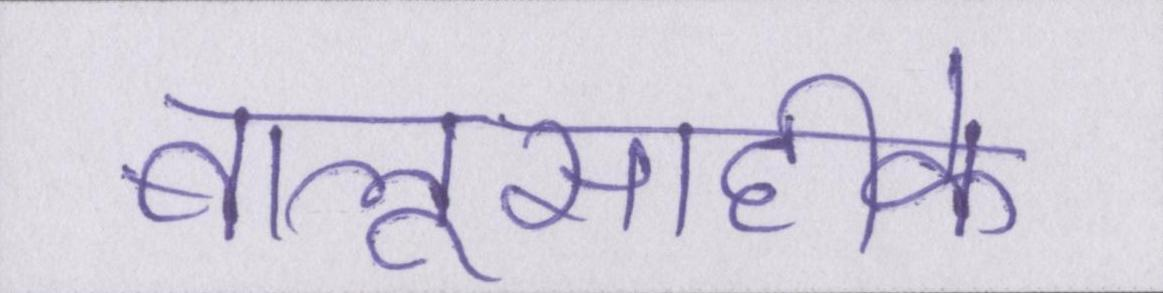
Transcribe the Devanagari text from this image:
बालूसाहीके